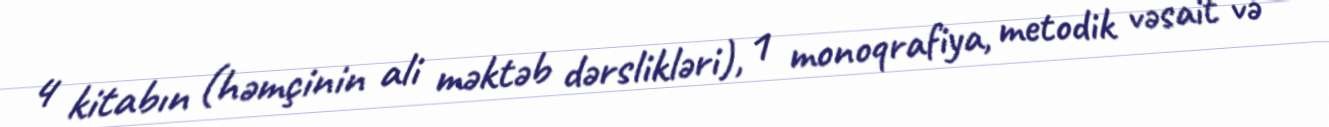
4 kitabın (həmçinin ali məktəb dərslikləri), 1 monoqrafiya, metodik vəsait və